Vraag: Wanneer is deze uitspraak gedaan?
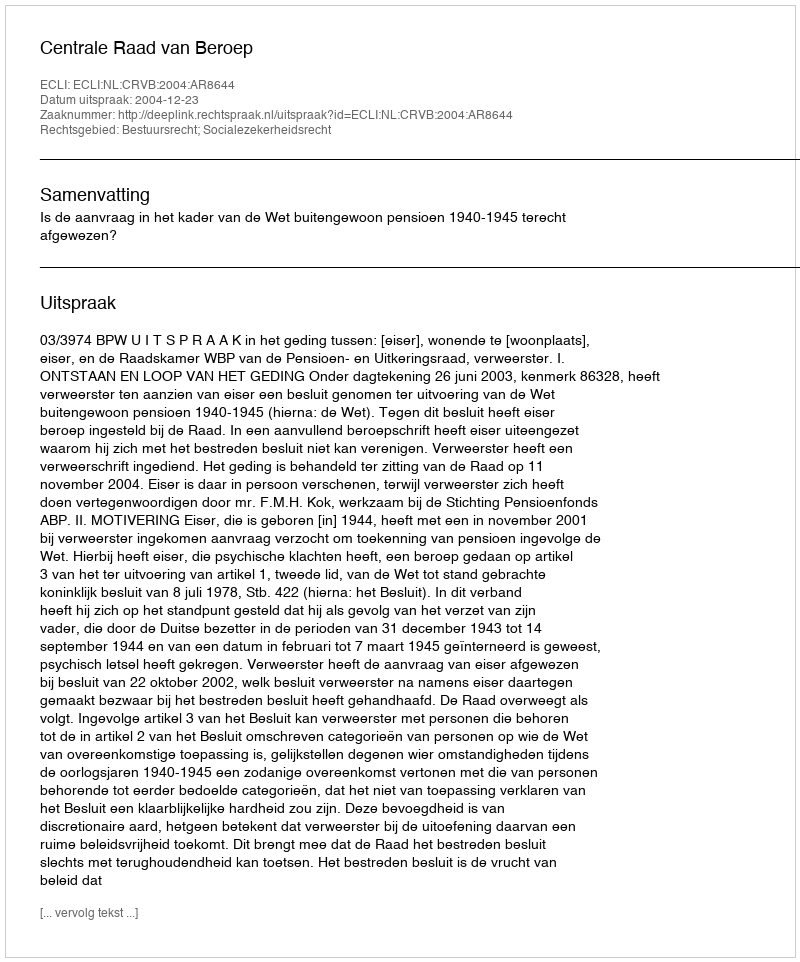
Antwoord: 2004-12-23